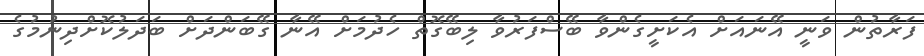
ފަރާތުން ވަނީ އޭނައަށް އެކަށީގެންވާ ބޭސްފަރުވާ ލިބޭގޮތް ހެދުމަށް އޭނާ ގޭބަންދަށް ބަދަލުކޮށްދިނުމުގެ